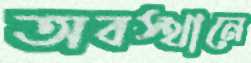
অবস্থানে